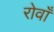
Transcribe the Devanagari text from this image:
रोवाँ